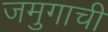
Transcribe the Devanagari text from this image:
जमुगाची